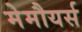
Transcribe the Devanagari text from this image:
मेमौयर्स